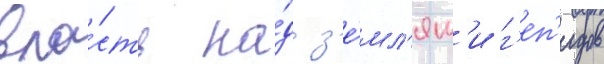
вла́сть на́д з'е́мл'ям'и г'еп'идов